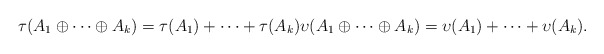
\begin{align*} \tau(A_1\oplus\cdots \oplus A_k)=\tau(A_1)+\cdots+\tau(A_k) \upsilon(A_1\oplus\cdots \oplus A_k)=\upsilon(A_1)+\cdots+\upsilon(A_k).\end{align*}